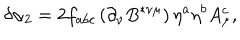
\delta \alpha _ { 2 } = 2 f _ { a b c } \left( \partial _ { \nu } B ^ { * \nu \mu } \right) \eta ^ { a } \eta ^ { b } A _ { \mu } ^ { c } ,